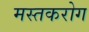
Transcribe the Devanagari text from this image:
मस्तकरोग